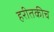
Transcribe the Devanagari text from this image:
हरीतकीच